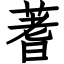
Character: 蓍